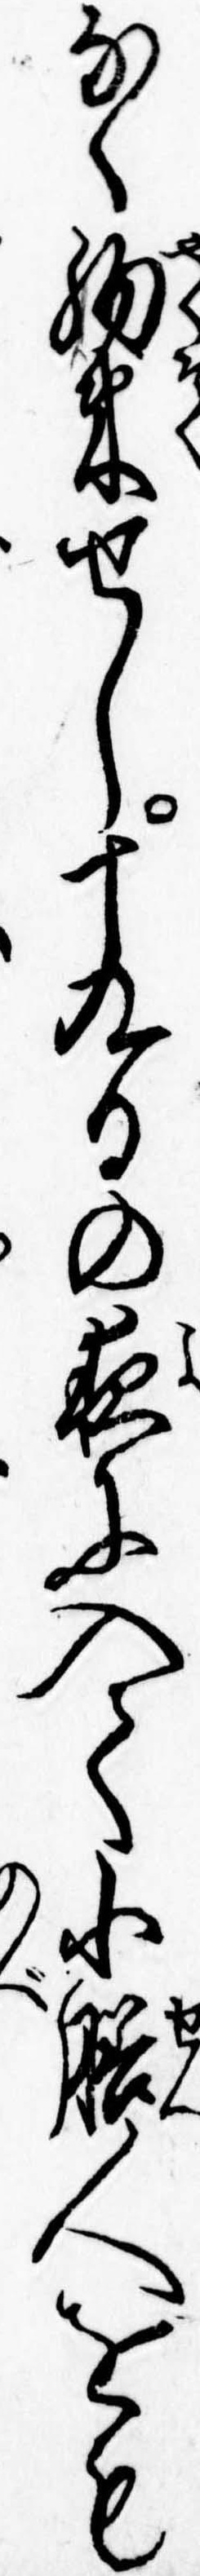
なく約束せし十九日の夜に入て小膳人をも